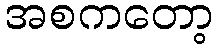
အစကတော့